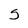
Character: 5